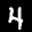
Label: 4